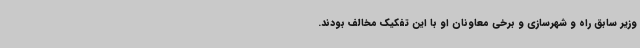
وزیر سابق راه و شهرسازی و برخی معاونان او با این تفکیک مخالف بودند.